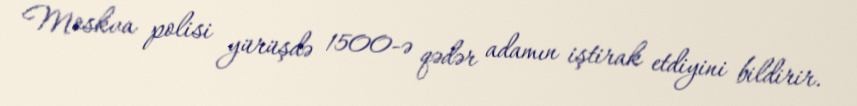
Moskva polisi yürüşdə 1500-ə qədər adamın iştirak etdiyini bildirir.